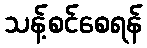
သန့်စင်စေရန်